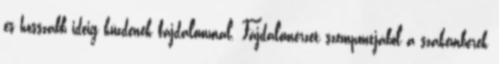
és hosszabb ideig küzdenek fájdalommal. Fájdalomérzet szempontjából a szakemberek